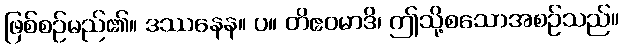
ဖြစ်စဉ်မည်၏။ ဒဿနေန။ ပ။ တိဧဝမာဒိ၊ ဤသို့စသောအစဉ်သည်။